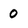
Character: 0